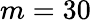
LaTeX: m=30